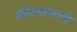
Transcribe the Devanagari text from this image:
श्रीवास्तवची